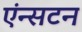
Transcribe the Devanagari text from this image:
एंन्सटन